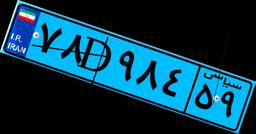
۴۹D۵۵۶۴۴